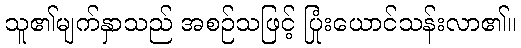
သူ၏မျက်နှာသည် အစဉ်သဖြင့် ပြုံးယောင်သန်းလာ၏။